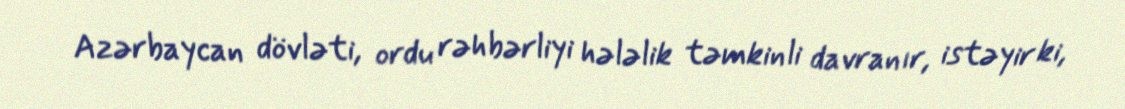
Azərbaycan dövləti, ordu rəhbərliyi hələlik təmkinli davranır, istəyir ki,